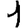
Digit: 1